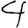
Digit: 4